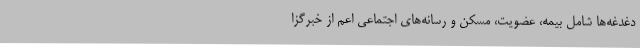
دغدغه‌ها شامل بیمه، عضویت، مسکن و رسانه‌های اجتماعی اعم از خبرگزا